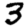
Digit: 3